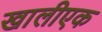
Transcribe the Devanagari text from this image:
खालीएक